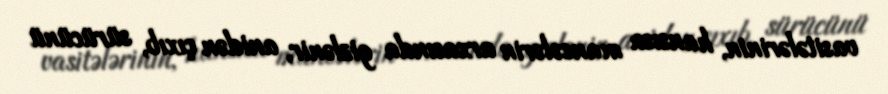
vasitələrinin, hansısa maneələrin arxasında gizlənir, anidən çıxıb, sürücünü